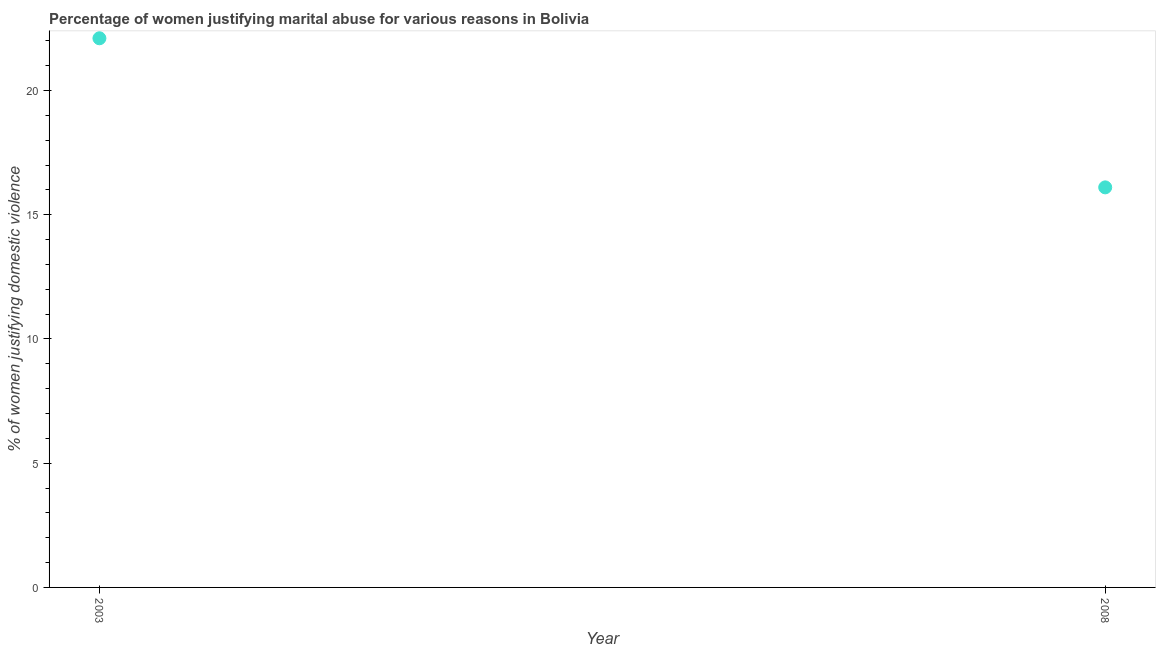
| Year | Physical abuse |
 | --- | --- |
 | 2003 | 22.1 |
 | 2008 | 16.1 |